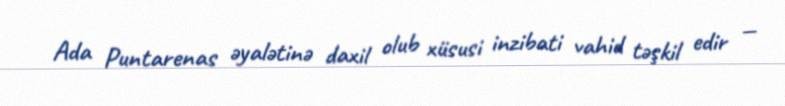
Ada Puntarenas əyalətinə daxil olub xüsusi inzibati vahid təşkil edir —